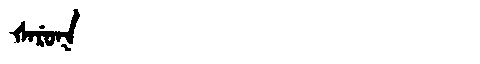
Manchu: ᡧᠠᡵᡠᡴ
Romanization: ŠARUK